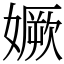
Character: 㜧